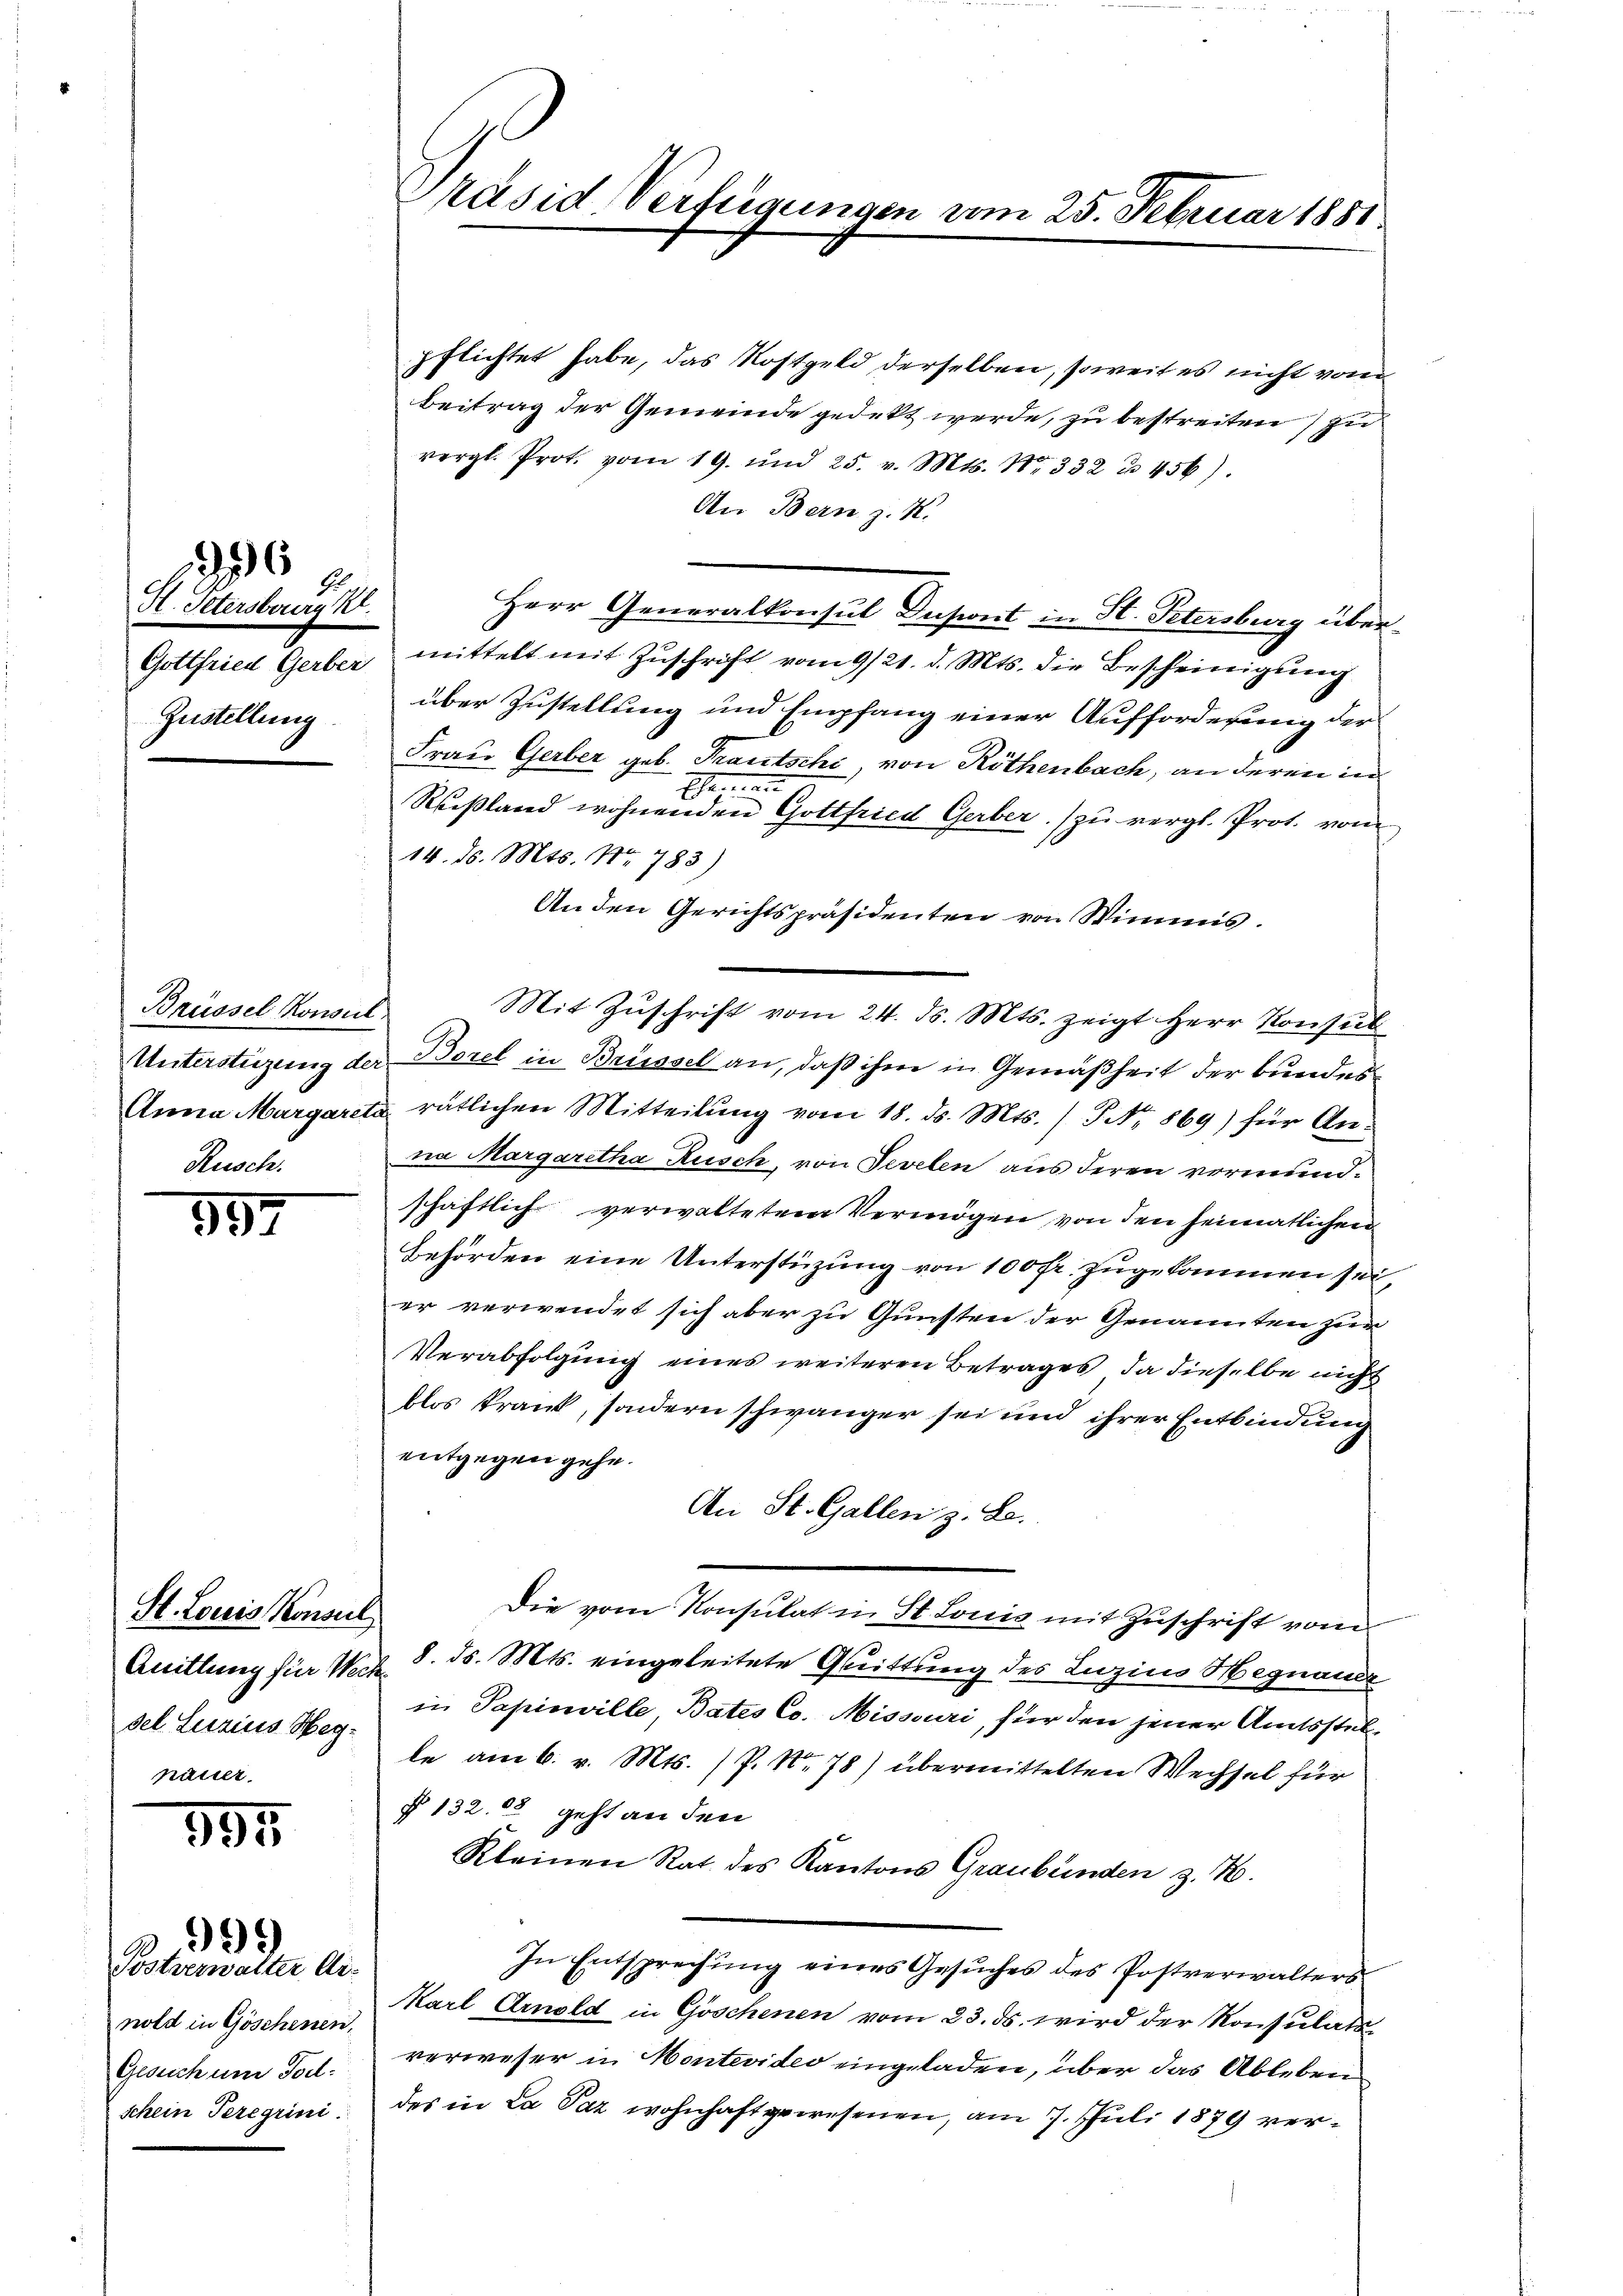
Hl. Petersburg
Gottfried Gerber
Zustellung

397

956

Brüssel Konsul

395.

a.999

St. Louis Konsul
Quittung für Wersel. Luzius Wegnäher.

Postverwalter Dinold in Göschenen,
Gesuch um Tod.
schein Teregrini

Präsid Verfügungen

pflichtet habe, das Kostgeld derselben, soweit es nicht vom
Beitrag der Gemeinde gedekt werde, zu bestreiten) zu
vergl. Prot. vom 19. und 25. v. Mts. Nr. 332 u. 456).
An Bern z. K.
Herr Generalkonsul Insint in St. Petersburg übermittelt mit Zuschrift vom 9/21. d. Mts. die Bescheinigung
über Zustellung und Empfang einer Aufforderung der
Frau Gerber geb. Trautschi, von Röthenbach, an deren in
Ehemann
Rußland wohnenden Gottfried Gerber zu vergl. Prot. vom
14. d. Mts. Nr. 783)
An den Gerichtspräsidenten von Wimmis.
Unterstützung der Borel in Brüssel an, daß ihm in Gemäßheit der bundes¬
Anna Margareta rätlichen Mitteilŭng vom 18. ds. Mts. / NNo. 869) für Anna Margaretha Rusch, von Vevelen aus deren vormundschaftlich verwaltetem Vermögen von den heimatlichen
Behörden eine Unterstüzung von 100 fr. zugekommen sei,
er verwendet sich aber zu Gunsten der Genannten zur
Verabfolgung eines weiteren Betrages, da dieselbe nicht
blos krank, sondern schwänger sei und ihrer Entbindung
entgegen gehe.
An St. Gallen z. B.
Die vom Konsulat in St. Louis mit Zuschrift vom
8. ds. Mts. eingeleitete Quittung des Luzins Hegnauer
t
in Papinville, Bates Co. Missouri, für den jener Amtsstelle am 6. v. Mts. (P. Nr. 78) übermittelten Wechsel für
§ 132. 80 geht an den
Kleinen Rat des Kantons Graubünden z. B.
In Entsprechŭng eines Gesŭches des Postverwalters
Karl Arnold in Göschenen vom 23. ds. wird der Konsulatsverweser in Montevideo eingeladen, über das Ableben
des in La Paz wohnhaft gewesenen, am 7. Juli 1879 ver¬

Mit Zŭschrift vom 24. ds. Mts. zeigt Herr Konsul

25. Februar 1881